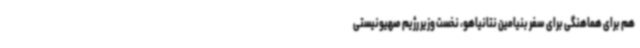
هم برای هماهنگی برای سفر بنیامین نتانیاهو، نخست وزیر رژیم صهیونیستی